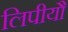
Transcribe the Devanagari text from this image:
लिपीयौं